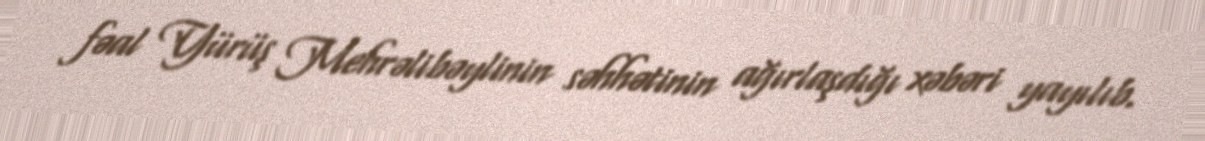
fəal Yürüş Mehrəlibəylinin səhhətinin ağırlaşdığı xəbəri yayılıb.